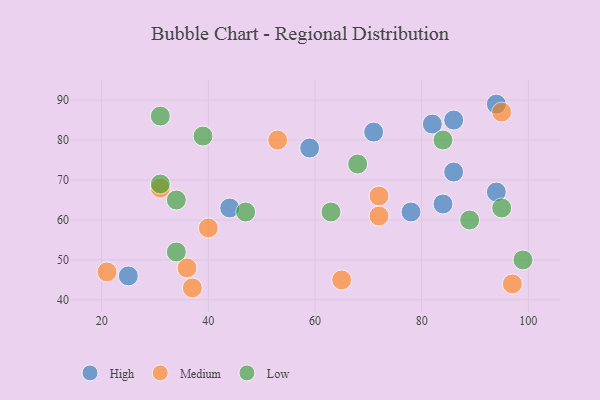
{"axis": {"x": "GDP", "y": "Life Expectancy"}, "legend": ["High", "Low", "Medium"], "data": [{"x": "94", "y": 89, "type": "High"}, {"x": "78", "y": 62, "type": "High"}, {"x": "86", "y": 85, "type": "High"}, {"x": "71", "y": 82, "type": "High"}, {"x": "25", "y": 46, "type": "High"}, {"x": "84", "y": 64, "type": "High"}, {"x": "86", "y": 72, "type": "High"}, {"x": "44", "y": 63, "type": "High"}, {"x": "94", "y": 67, "type": "High"}, {"x": "82", "y": 84, "type": "High"}, {"x": "59", "y": 78, "type": "High"}, {"x": "36", "y": 48, "type": "Medium"}, {"x": "37", "y": 43, "type": "Medium"}, {"x": "65", "y": 45, "type": "Medium"}, {"x": "72", "y": 66, "type": "Medium"}, {"x": "21", "y": 47, "type": "Medium"}, {"x": "72", "y": 61, "type": "Medium"}, {"x": "95", "y": 87, "type": "Medium"}, {"x": "31", "y": 68, "type": "Medium"}, {"x": "97", "y": 44, "type": "Medium"}, {"x": "40", "y": 58, "type": "Medium"}, {"x": "53", "y": 80, "type": "Medium"}, {"x": "68", "y": 74, "type": "Low"}, {"x": "39", "y": 81, "type": "Low"}, {"x": "47", "y": 62, "type": "Low"}, {"x": "99", "y": 50, "type": "Low"}, {"x": "63", "y": 62, "type": "Low"}, {"x": "31", "y": 69, "type": "Low"}, {"x": "34", "y": 52, "type": "Low"}, {"x": "34", "y": 65, "type": "Low"}, {"x": "95", "y": 63, "type": "Low"}, {"x": "31", "y": 86, "type": "Low"}, {"x": "84", "y": 80, "type": "Low"}, {"x": "89", "y": 60, "type": "Low"}]}